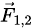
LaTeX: \scriptstyle{\vec{F}}_{1,2}